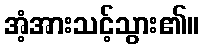
အံ့အားသင့်သွား၏။